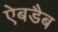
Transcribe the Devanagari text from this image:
ऐबडैब